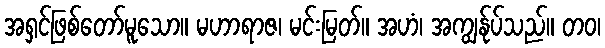
အရှင်ဖြစ်တော်မူသော။ မဟာရာဇ၊ မင်းမြတ်။ အဟံ၊ အကျွန်ုပ်သည်။ တဝ၊